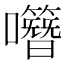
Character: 𡅎